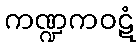
ကဏ္ဍကဝဋံ